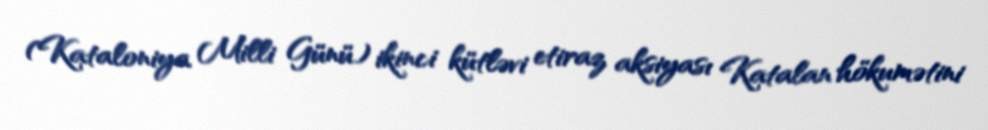
(Kataloniya Milli Günü) ikinci kütləvi etiraz aksiyası Katalan hökumətini